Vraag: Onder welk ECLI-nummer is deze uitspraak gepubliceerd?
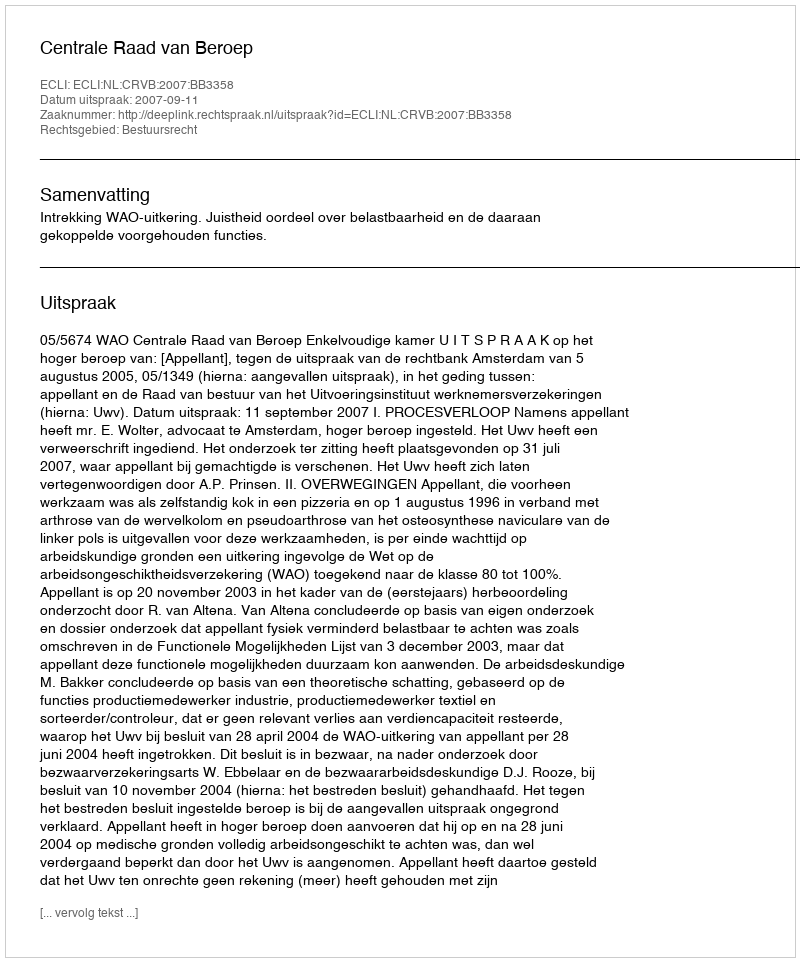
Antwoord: ECLI:NL:CRVB:2007:BB3358